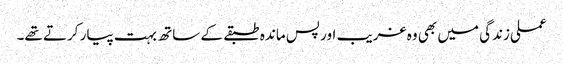
عملی زندگی میں بھی وہ غریب اور پس ماندہ طبقے کے ساتھ بہت پیار کرتے تھے۔